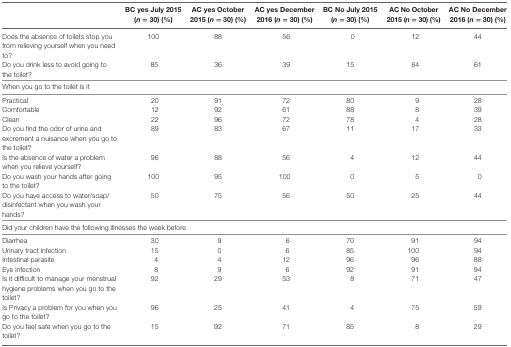
<table><thead><tr><td></td><td><b>BC yes July 2015 (<i>n</i> = 30) (%)</b></td><td><b>AC yes October 2015 (<i>n</i> = 30) (%)</b></td><td><b>AC yes December 2016 (<i>n</i> = 30) (%)</b></td><td><b>BC No July 2015 (<i>n</i> = 30) (%)</b></td><td><b>AC No October 2015 (<i>n</i> = 30) (%)</b></td><td><b>AC No December 2016 (<i>n</i> = 30) (%)</b></td></tr></thead><tbody><tr><td>Does the absence of toilets stop you from relieving yourself when you need to?</td><td>100</td><td>88</td><td>56</td><td>0</td><td>12</td><td>44</td></tr><tr><td>Do you drink less to avoid going to the toilet?</td><td>85</td><td>36</td><td>39</td><td>15</td><td>64</td><td>61</td></tr><tr><td colspan="7">When you go to the toilet is it</td></tr><tr><td>Practical</td><td>20</td><td>91</td><td>72</td><td>80</td><td>9</td><td>28</td></tr><tr><td>Comfortable</td><td>12</td><td>92</td><td>61</td><td>88</td><td>8</td><td>39</td></tr><tr><td>Clean</td><td>22</td><td>96</td><td>72</td><td>78</td><td>4</td><td>28</td></tr><tr><td>Do you find the odor of urine and excrement a nuisance when you go to the toilet?</td><td>89</td><td>83</td><td>67</td><td>11</td><td>17</td><td>33</td></tr><tr><td>Is the absence of water a problem when you relieve yourself?</td><td>96</td><td>88</td><td>56</td><td>4</td><td>12</td><td>44</td></tr><tr><td>Do you wash your hands after going to the toilet?</td><td>100</td><td>95</td><td>100</td><td>0</td><td>5</td><td>0</td></tr><tr><td>Do you have access to water/soap/disinfectant when you wash your hands?</td><td>50</td><td>75</td><td>56</td><td>50</td><td>25</td><td>44</td></tr><tr><td colspan="7">Did your children have the following illnesses the week before</td></tr><tr><td>Diarrhea</td><td>30</td><td>9</td><td>6</td><td>70</td><td>91</td><td>94</td></tr><tr><td>Urinary tract infection</td><td>15</td><td>0</td><td>6</td><td>85</td><td>100</td><td>94</td></tr><tr><td>Intestinal parasite</td><td>4</td><td>4</td><td>12</td><td>96</td><td>96</td><td>88</td></tr><tr><td>Eye infection</td><td>8</td><td>9</td><td>6</td><td>92</td><td>91</td><td>94</td></tr><tr><td>Is it difficult to manage your menstrual hygiene problems when you go to the toilet?</td><td>92</td><td>29</td><td>53</td><td>8</td><td>71</td><td>47</td></tr><tr><td>Is Privacy a problem for you when you go to the toilet?</td><td>96</td><td>25</td><td>41</td><td>4</td><td>75</td><td>59</td></tr><tr><td>Do you feel safe when you go to the toilet?</td><td>15</td><td>92</td><td>71</td><td>85</td><td>8</td><td>29</td></tr></tbody></table>